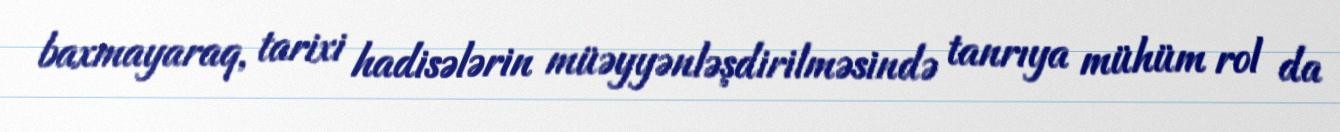
baxmayaraq, tarixi hadisələrin müəyyənləşdirilməsində tanrıya mühüm rol da